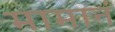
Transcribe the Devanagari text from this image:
मामानं